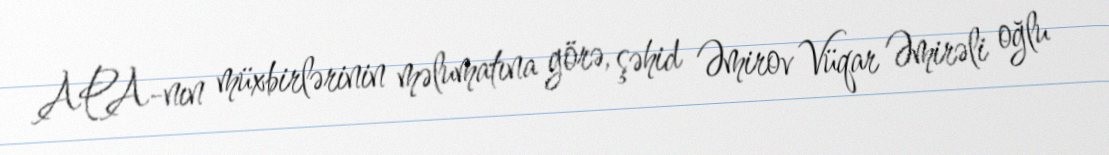
APA-nın müxbirlərinin məlumatına görə, şəhid Əmirov Vüqar Əmirəli oğlu